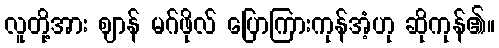
လူတို့အား ဈာန် မဂ်ဖိုလ် ပြောကြားကုန်အံ့ဟု ဆိုကုန်၏။